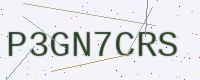
Text: P3GN7CRS